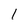
Character: l